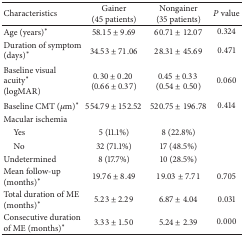
| Characteristics | Gainer (45 patients) | Nongainer (35 patients) | P value |
 | --- | --- | --- | --- |
 | Age (years)* | 58.15 ± 9.69 | 60.71 ± 12.07 | 0.324 |
 | Duration of symptom (days)* | 34.53 ± 71.06 | 28.31 ± 45.69 | 0.471 |
 | Baseline visual acuity* (logMAR) | 0.30 ± 0.20 (0.66 ± 0.37) | 0.45 ± 0.33 (0.54 ± 0.50) | 0.060 |
 | Baseline CMT (μm)* | 554.79 ± 152.52 | 520.75 ± 196.78 | 0.414 |
 | Macular ischemia |  |  |  |
 | Yes | 5 (11.1%) | 8 (22.8%) |  |
 | No | 32 (71.1%) | 17 (48.5%) |  |
 | Undetermined | 8 (17.7%) | 10 (28.5%) |  |
 | Mean follow-up (months)* | 19.76 ± 8.49 | 19.03 ± 7.71 | 0.705 |
 | Total duration of ME (months)* | 5.23 ± 2.29 | 6.87 ± 4.04 | 0.031 |
 | Consecutive duration of ME (months)* | 3.33 ± 1.50 | 5.24 ± 2.39 | 0.000 |